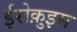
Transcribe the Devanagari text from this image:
ईरोक़ुइस